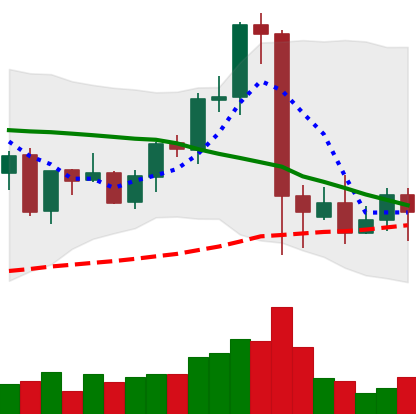
Ticker: EOS-USD
Chart end date: 2021-09-13
Forward return: 15.378%
Label: up_7plus